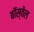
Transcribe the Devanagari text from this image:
बॉस्वेल